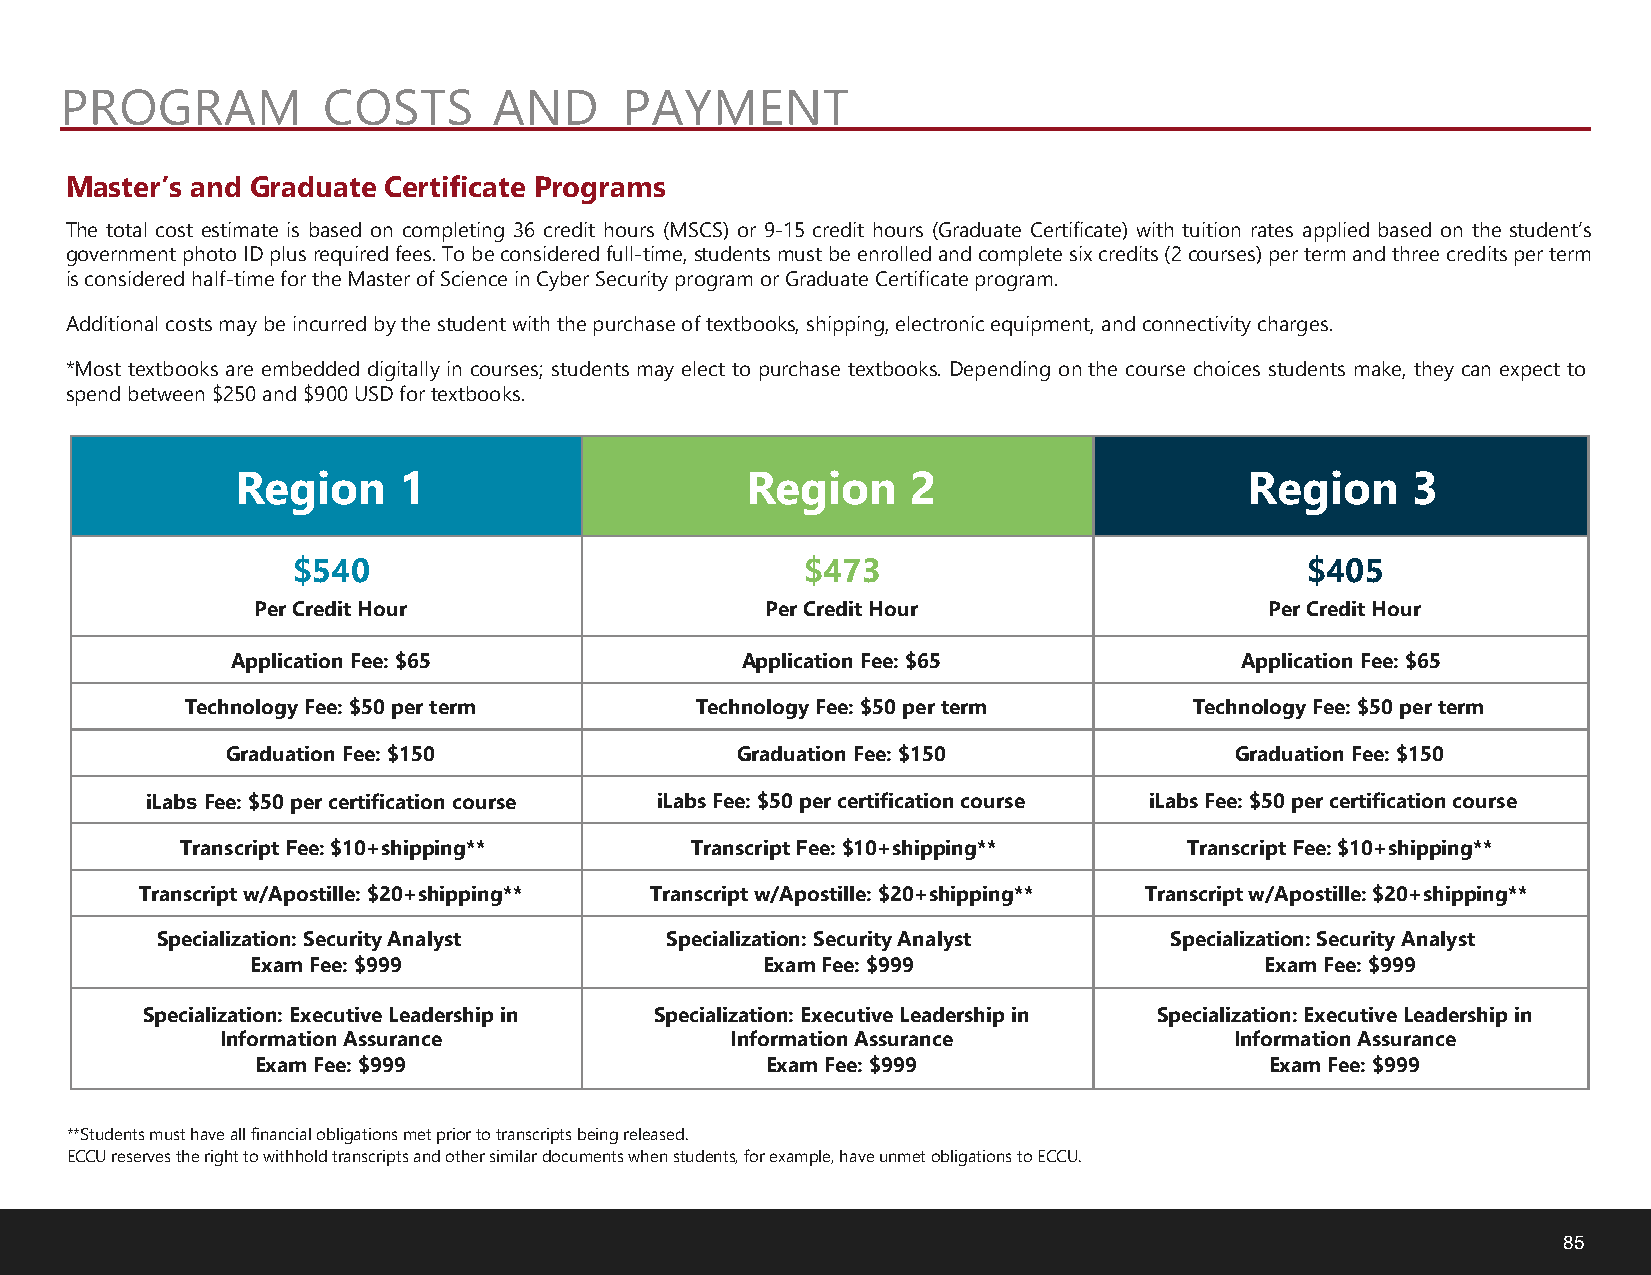
PROGRAM          COSTS       AND     PAYMENT
 Master’s and Graduate Certificate Programs
 The total cost estimate is based on completing 36 credit hours (MSCS) or 9-15 credit hours (Graduate Certificate) with tuition rates applied based on the student’s
 government photo ID plus required fees. To be considered full-time, students must be enrolled and complete six credits (2 courses) per term and three credits per term
 is considered half-time for the Master of Science in Cyber Security program or Graduate Certificate program.
 Additional costs may be incurred by the student with the purchase of textbooks, shipping, electronic equipment, and connectivity charges.
 *Most textbooks are embedded digitally in courses; students may elect to purchase textbooks. Depending on the course choices students make, they can expect to
 spend between $250 and $900 USD for textbooks.
 Region    1                      Region     2                      Region    3
 $540                              $473                             $405
 Per Credit Hour                   Per Credit Hour                  Per Credit Hour
 Application Fee: $65              Application Fee: $65             Application Fee: $65
 Technology Fee: $50 per term      Technology Fee: $50 per term     Technology Fee: $50 per term
 Graduation Fee: $150              Graduation Fee: $150             Graduation Fee: $150
 iLabs Fee: $50 per certification course iLabs Fee: $50 per certification course iLabs Fee: $50 per certification course
 Transcript Fee: $10+shipping**    Transcript Fee: $10+shipping**   Transcript Fee: $10+shipping**
 Transcript w/Apostille: $20+shipping** Transcript w/Apostille: $20+shipping** Transcript w/Apostille: $20+shipping**
 Specialization: Security Analyst  Specialization: Security Analyst Specialization: Security Analyst
 Exam Fee: $999                   Exam Fee: $999                    Exam Fee: $999
 Specialization: Executive Leadership in Specialization: Executive Leadership in Specialization: Executive Leadership in
 Information Assurance            Information Assurance             Information Assurance
 Exam Fee: $999                    Exam Fee: $999                   Exam Fee: $999
 **Students must have all financial obligations met prior to transcripts being released.
 ECCU reserves the right to withhold transcripts and other similar documents when students, for example, have unmet obligations to ECCU.
 85